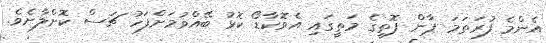
އެންމެ ފުރަތަމަ ޕާން ފޮތީގެ މަތީގައި އެވޮކާޑޯ ކޮޅު ބޭއްވުމަށްފަހު ޗަސް ކޮށްލާށެވެ.